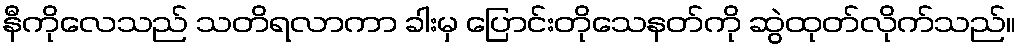
နီကိုလေသည် သတိရလာကာ ခါးမှ ပြောင်းတိုသေနတ်ကို ဆွဲထုတ်လိုက်သည်။